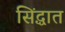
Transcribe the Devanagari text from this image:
सिंद्धात